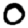
Digit: 0